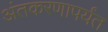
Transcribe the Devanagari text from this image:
अंतकरणापर्यंत